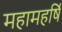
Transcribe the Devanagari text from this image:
महामहर्षि